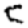
Digit: 5